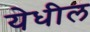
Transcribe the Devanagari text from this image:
येधील